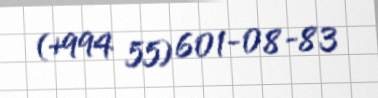
(+994 55) 601-08-83